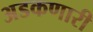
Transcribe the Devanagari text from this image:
अडकणारी